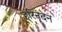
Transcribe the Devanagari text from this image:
हरिनंदन